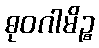
ဓုဝဂါမိဉ္စ